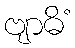
ဗျာဓိံ